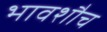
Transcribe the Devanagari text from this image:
भावशौच